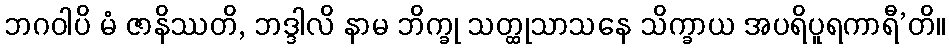
ဘဂဝါပိ မံ ဇာနိဿတိ, ဘဒ္ဒါလိ နာမ ဘိက္ခု သတ္ထုသာသနေ သိက္ခာယ အပရိပူရကာရီ’တိ။